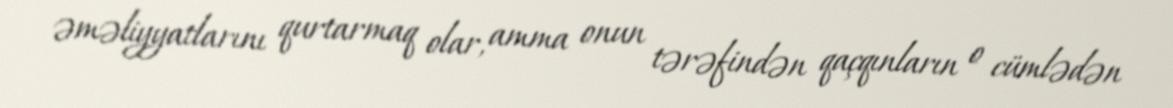
əməliyyatlarını qurtarmaq olar, amma onun tərəfindən qaçqınların o cümlədən